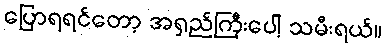
ပြောရရင်တော့ အရှည်ကြီးပေါ့ သမီးရယ်။